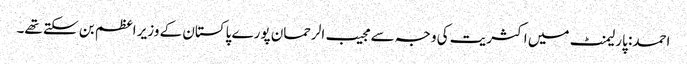
احمد: پارلیمنٹ میں اکثریت کی وجہ سے مجیب الرحمان پورے پاکستان کے وزیر اعظم بن سکتے تھے۔